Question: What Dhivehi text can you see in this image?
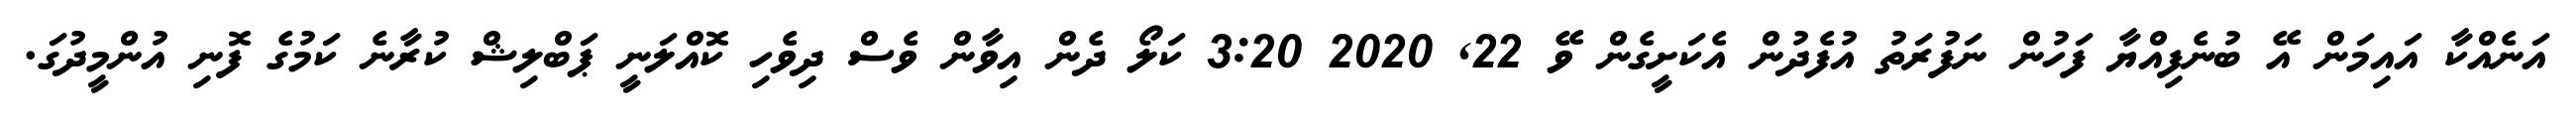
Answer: އަނެއްކާ އައިމަން އޭ ބުނެފިއްޔާ ފަހުން ނަފުރަތު އުފެދުން އެކަށީގެން ވޭ 22, 2020 3:20 ކަލޯ ދެން އިވާން ވެސް ދިވެހި ކޮއްލަނީ ޕަބްލިޝް ކުރާނެ ކަމުގެ ފޮނި އުންމީދުގަ.